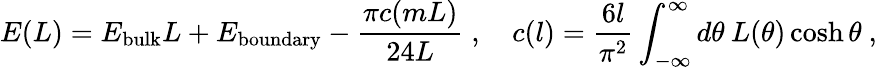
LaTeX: E(L)=E_{\mathrm{bulk}}L+E_{\mathrm{boundary}}-\frac{\pi c(mL)}{24L}\; ,\quad c(l)=\frac{6l}{\pi^{2}}\int_{-\infty}^{\infty}d\theta\: L(\theta)\cosh\theta\ ,